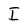
Character: I